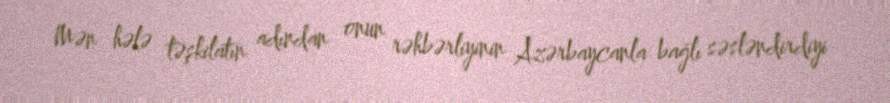
Mən hələ təşkilatın adından onun rəhbərliyinin Azərbaycanla bağlı səsləndirdiyi